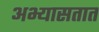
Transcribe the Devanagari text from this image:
अभ्यासतात